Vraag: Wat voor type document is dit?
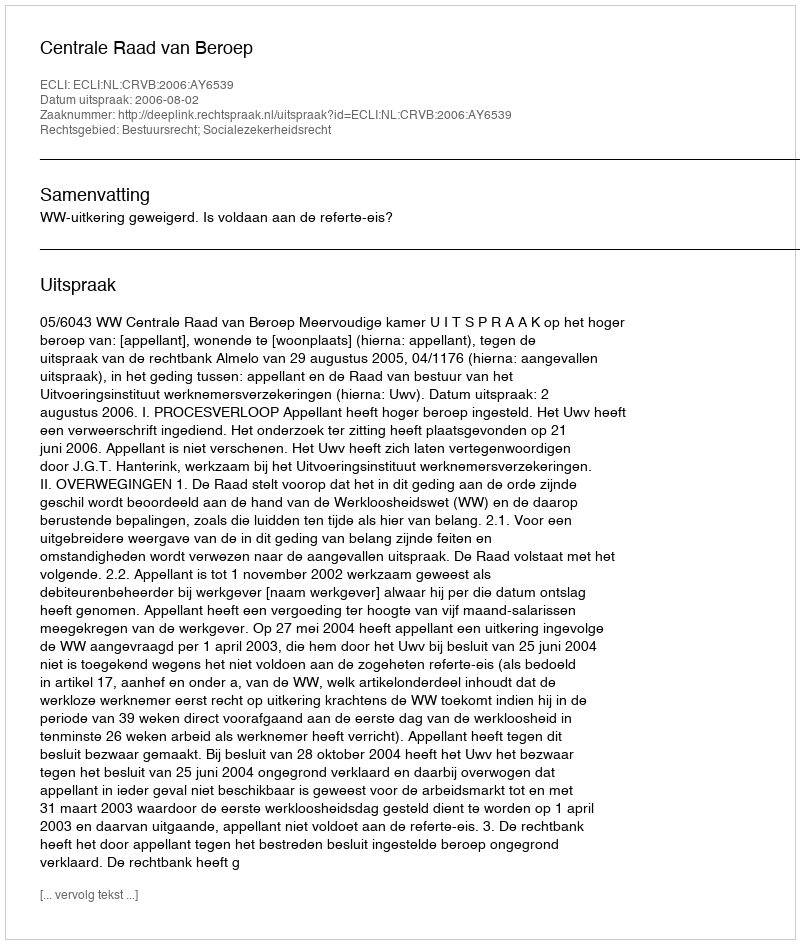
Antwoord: Uitspraak